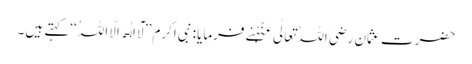
حضرت عثمان رَضِیَ اللہُ تَعَالٰی عَنْہُنے فرمایا: نبی اکرم ’’لَآ اِلٰـہَ اِلَّا اللہُ ‘‘کہتے ہیں۔